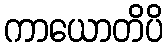
ကာယောတိပိ